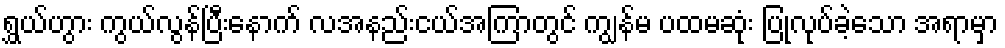
ရွှယ်ဟွား ကွယ်လွန်ပြီးနောက် လအနည်းငယ်အကြာတွင် ကျွန်မ ပထမဆုံး ပြုလုပ်ခဲ့သော အရာမှာ